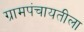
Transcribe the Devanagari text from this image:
ग्रामपंचायतीला